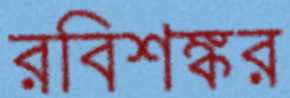
রবিশঙ্কর